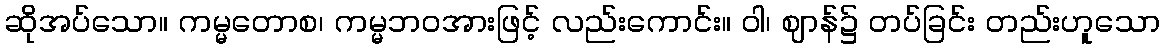
ဆိုအပ်သော။ ကမ္မတောစ၊ ကမ္မဘဝအားဖြင့် လည်းကောင်း။ ဝါ၊ ဈာန်၌ တပ်ခြင်း တည်းဟူသော